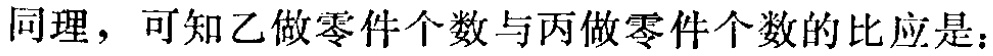
同理，可知乙做零件个数与丙做零件个数的比应是：